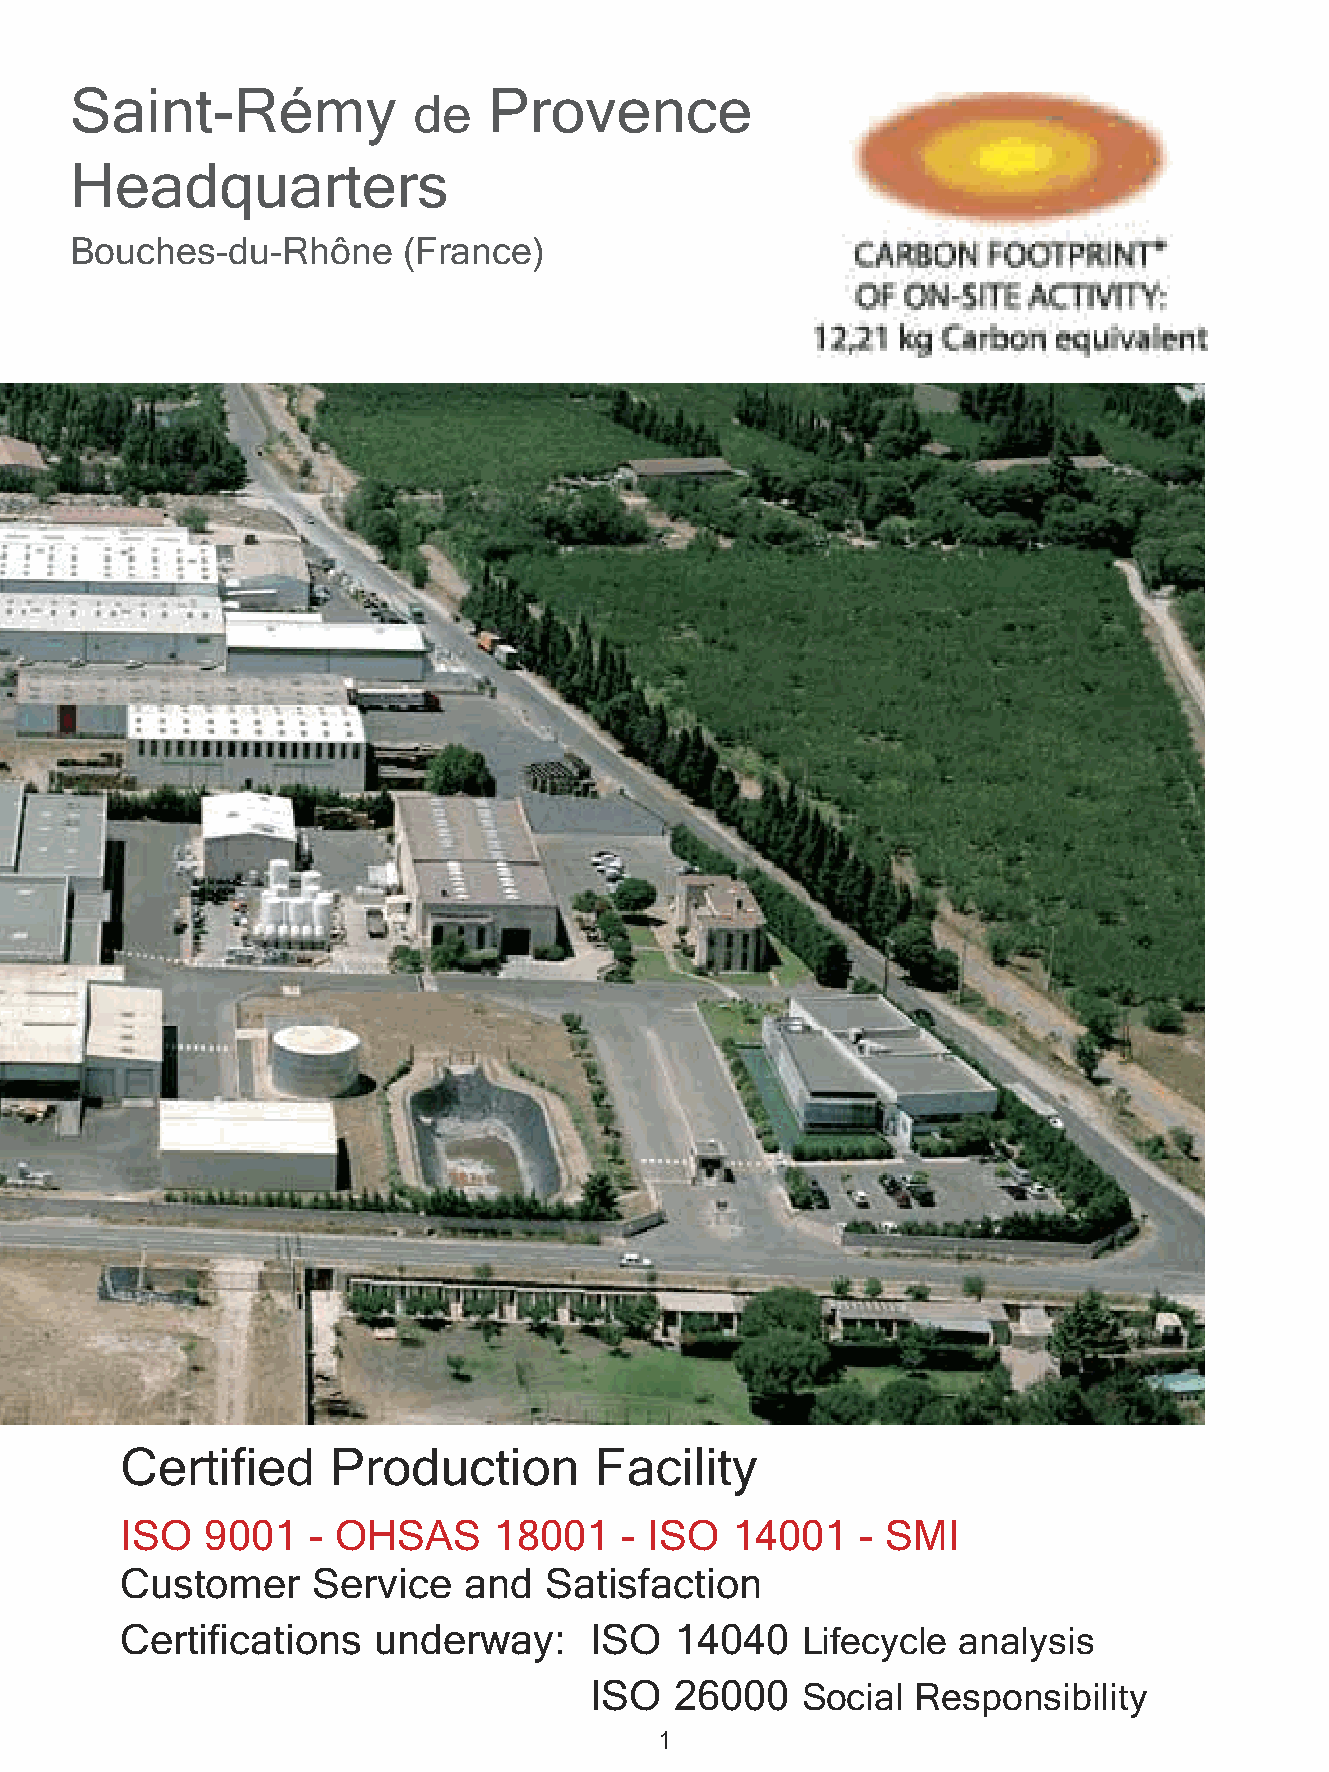
Saint-Rémy                 Provence
 de
 Headquarters
 Bouches-du-Rhône      (France)
 Certified     Production       Facility
 ISO   9001  - OHSAS      18001   - ISO  14001    - SMI
 Customer     Service   and  Satisfaction
 Certifications   underway:     ISO   14040   Lifecycle analysis
 ISO   26000   Social  Responsibility
 1